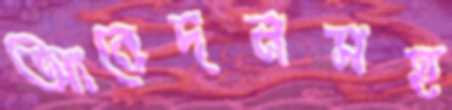
আবেদনসহ